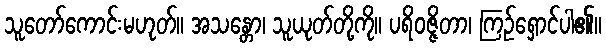
သူတော်ကောင်းမဟုတ်။ အသန္တော၊ သူယုတ်တို့ကို။ ပရိဝဇ္ဇိတာ၊ ကြဉ်ရှောင်ပါ၏။